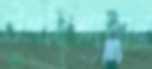
উপদিশ্যমান